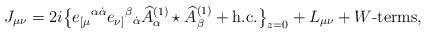
LaTeX: \begin{align*}J_{\mu\nu} = 2i\big\{e_{[\mu}{}^{\alpha\dot\alpha} e_{\nu]}{}^\beta{}_{\dot\alpha} \widehat A^{(1)}_\alpha\star \widehat A^{(1)}_\beta + \mbox{h.c.} \big\}_{z=0}+ L_{\mu\nu} +\mbox{$W$-terms}, \end{align*}